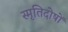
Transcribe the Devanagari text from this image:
स्मृतिदोषों